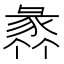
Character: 𧱤